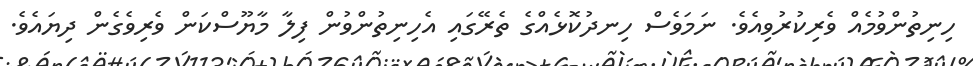
ހިނިތުންވުމެއް ވެރިކުރުވިއެވެ. ނަމަވެސް ހިނދުކޮޅެއްގެ ތެރޭގައި އެހިނިތުންވުން ފިލާ މާޔޫސްކަން ވެރިވެގެން ދިޔައެވެ.